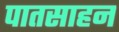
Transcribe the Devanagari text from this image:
पातसाहन